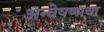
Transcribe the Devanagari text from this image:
अन्वेषणाचा